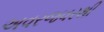
અવરજવરથી